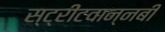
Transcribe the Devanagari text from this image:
स्ट्रीटवान्नबी